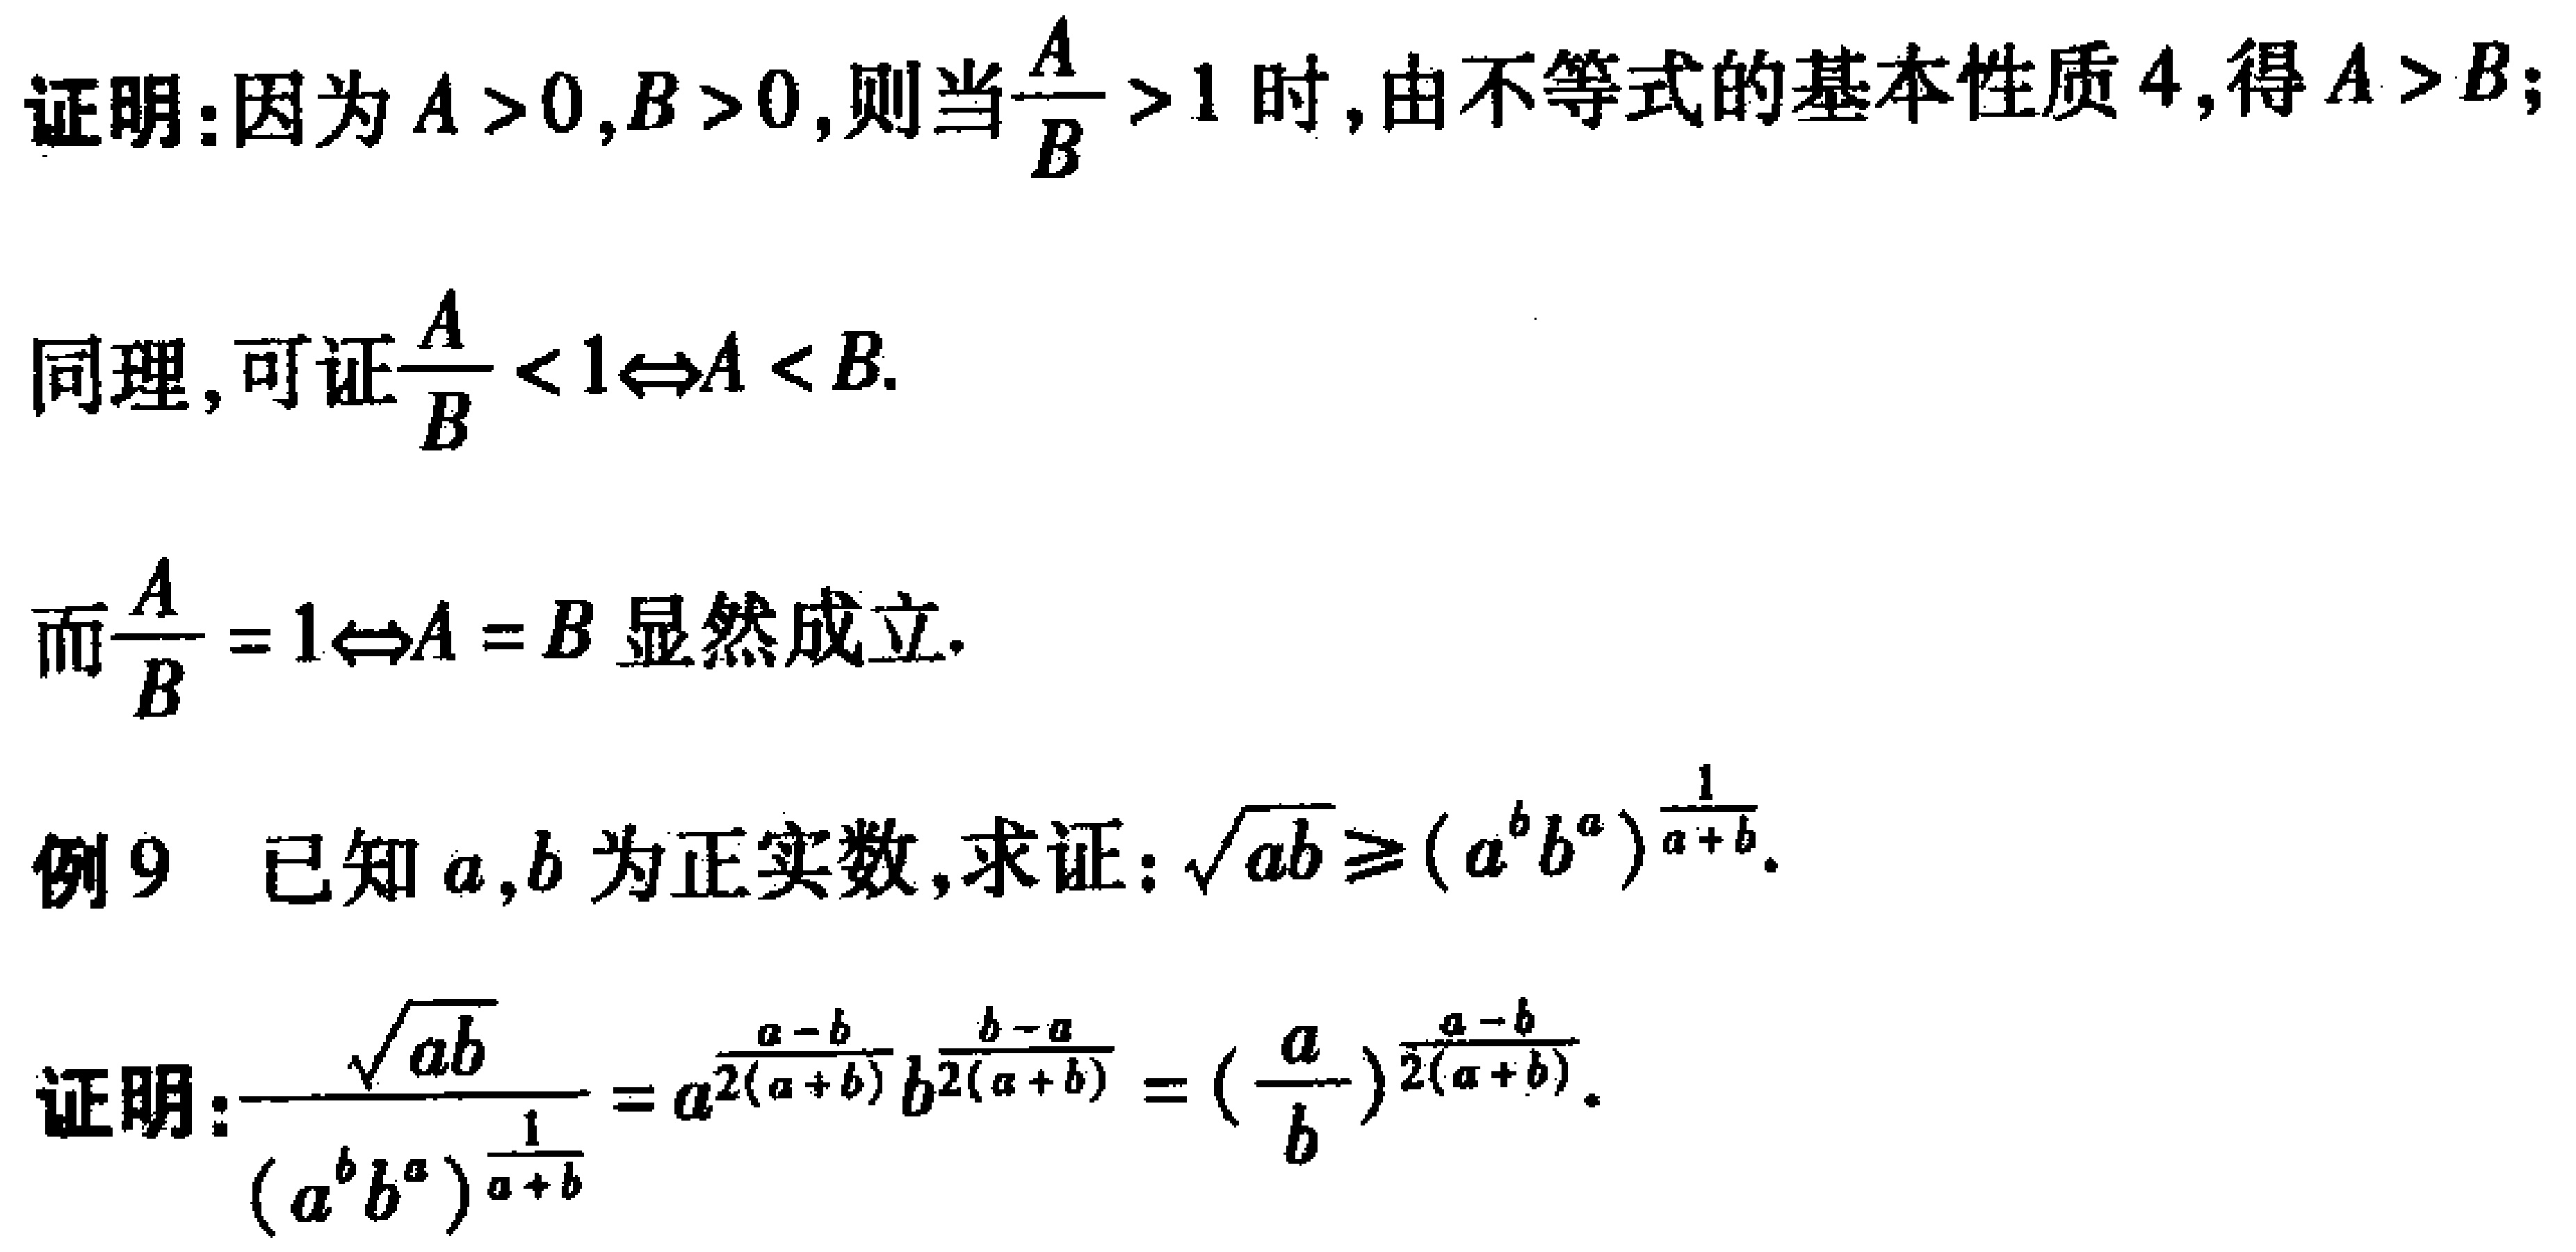
证明：因为\(A > 0,B > 0\)，则当\(\frac{A}{B}>1\)时，由不等式的基本性质4，得\(A > B\)；

同理，可证\(\frac{A}{B}<1\Leftrightarrow A < B\).

而\(\frac{A}{B}=1\Leftrightarrow A = B\)显然成立.

例9 已知\(a,b\)为正实数，求证：\(\sqrt{ab}\geqslant(a^{b}b^{a})^{\frac{1}{a + b}}\).

证明：\(\frac{\sqrt{ab}}{(a^{b}b^{a})^{\frac{1}{a + b}}}=a^{\frac{a - b}{2(a + b)}}b^{\frac{b - a}{2(a + b)}}=(\frac{a}{b})^{\frac{a - b}{2(a + b)}}\).